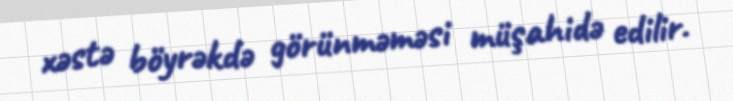
xəstə böyrəkdə görünməməsi müşahidə edilir.